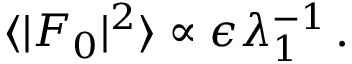
\begin{array} { r } { \langle \vert F _ { 0 } \vert ^ { 2 } \rangle \propto \epsilon \lambda _ { 1 } ^ { - 1 } \, . } \end{array}